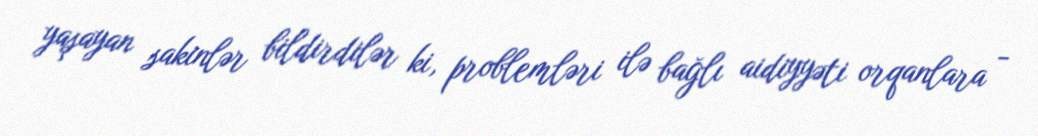
yaşayan sakinlər bildirdilər ki, problemləri ilə bağlı aidiyyəti orqanlara -